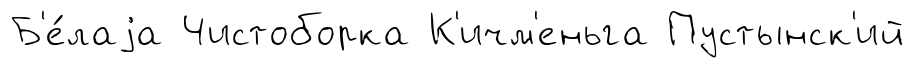
Б'е́лаjа Чистоборка К'ичм'еньга Пустынск'ий